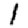
Digit: 1